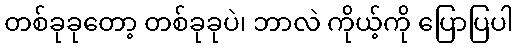
တစ်ခုခုတော့ တစ်ခုခုပဲ၊ ဘာလဲ ကိုယ့်ကို ပြောပြပါ